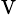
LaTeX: _\mathrm{V}